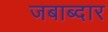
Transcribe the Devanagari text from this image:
जबाब्दार